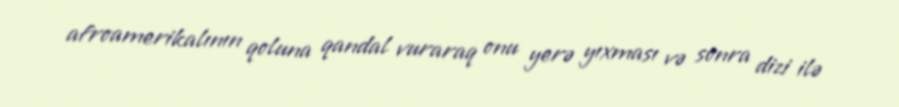
afroamerikalının qoluna qandal vuraraq onu yerə yıxması və sonra dizi ilə